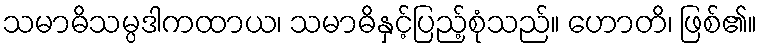
သမာဓိသမ္ပဒါကထာယ၊ သမာဓိနှင့်ပြည့်စုံသည်။ ဟောတိ၊ ဖြစ်၏။